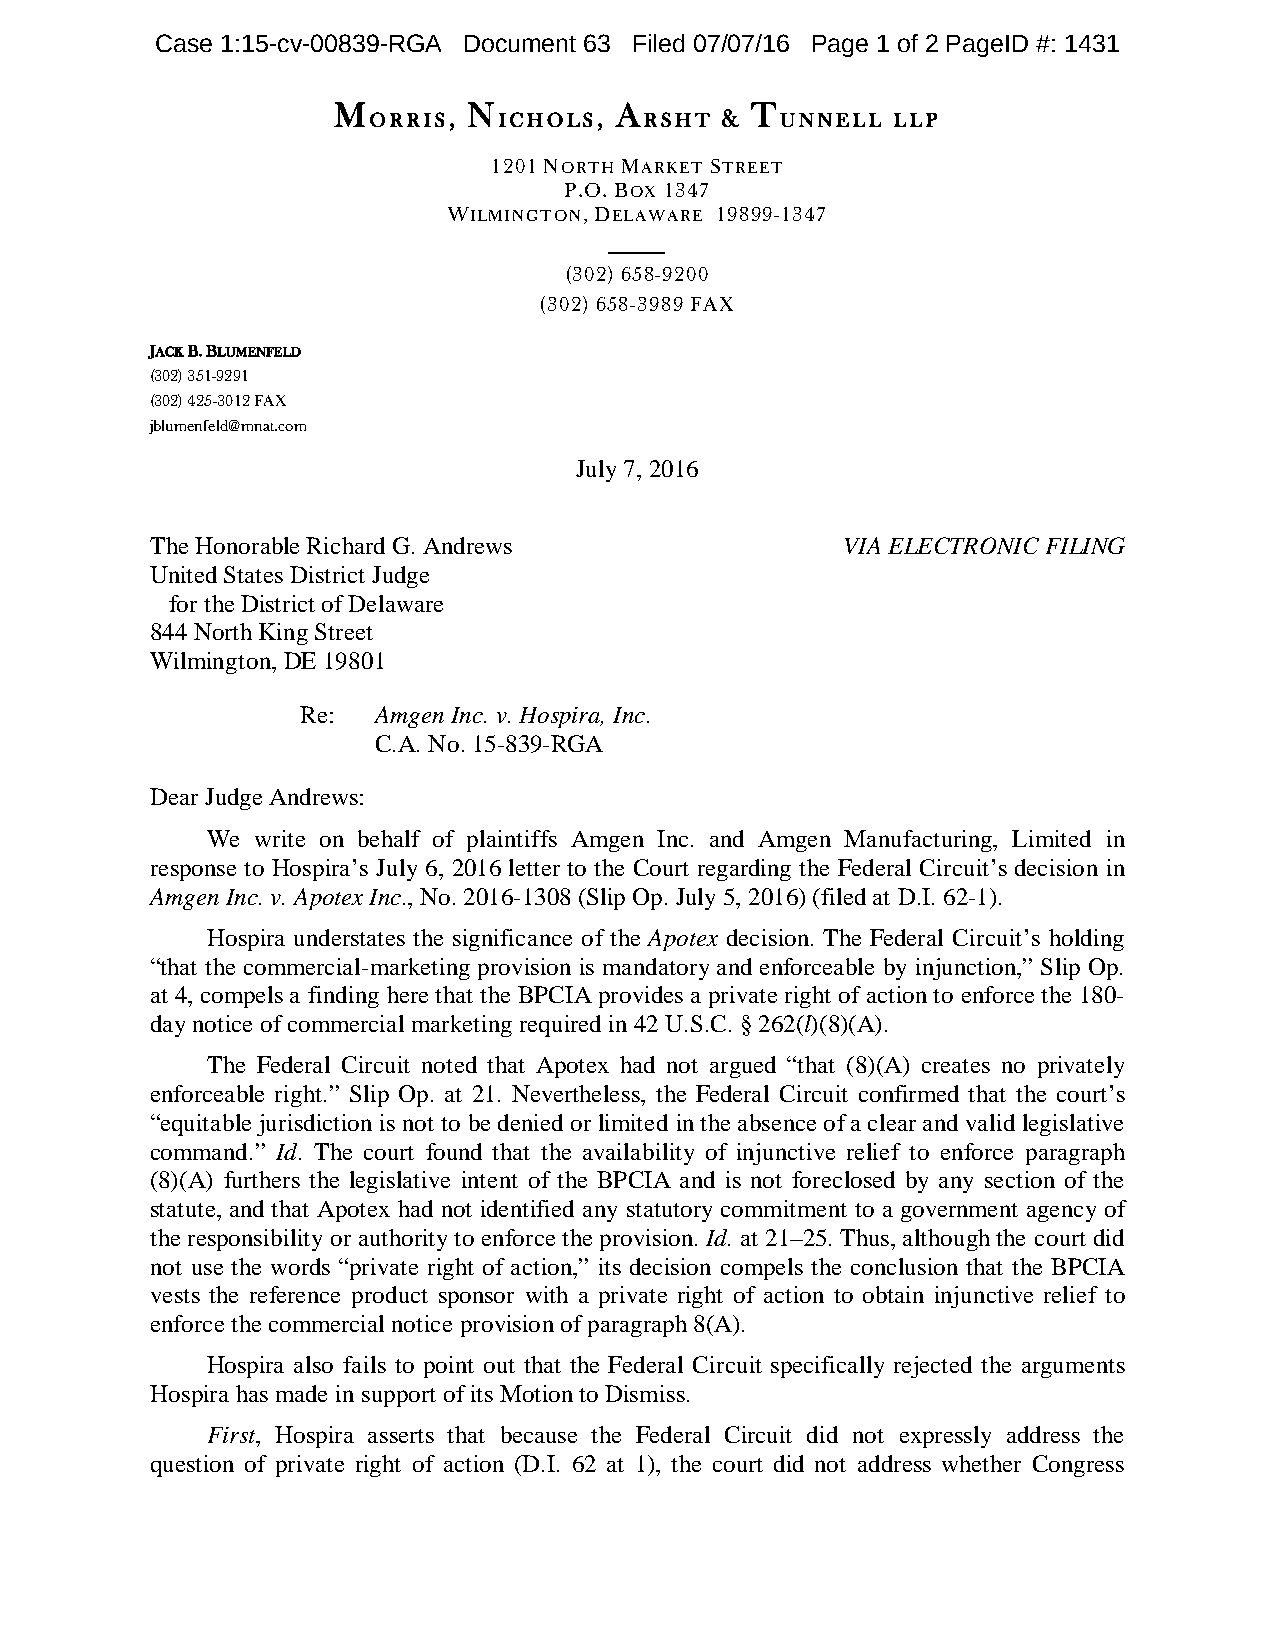
Case 1:15-cv-00839-RGA Document 63 Filed 07/07/16 Page 1 of 2 PageID #: 1431
 M        N         A        T
 ORRIS,   ICHOLS,   RSHT &   UNNELL LLP
 1201 NORTH MARKET STREET
 P.O. BOX 1347
 WILMINGTON, DELAWARE 19899-1347
 (302) 658-9200
 (302) 658-3989 FAX
 JACK B. BLUMENFELD
 (302) 351-9291
 (302) 425-3012 FAX
 jblumenfeld@mnat.com
 July 7, 2016
 The Honorable Richard G. Andrews              VIA ELECTRONIC FILING
 United States District Judge
 for the District of Delaware
 844 North King Street
 Wilmington, DE 19801
 Re:  Amgen Inc. v. Hospira, Inc.
 C.A. No. 15-839-RGA
 Dear Judge Andrews:
 We write on behalf of plaintiffs Amgen Inc. and Amgen Manufacturing, Limited in
 response to Hospira’s July 6, 2016 letter to the Court regarding the Federal Circuit’s decision in
 Amgen Inc. v. Apotex Inc., No. 2016-1308 (Slip Op. July 5, 2016) (filed at D.I. 62-1).
 Hospira understates the significance of the Apotex decision. The Federal Circuit’s holding
 “that the commercial-marketing provision is mandatory and enforceable by injunction,” Slip Op.
 at 4, compels a finding here that the BPCIA provides a private right of action to enforce the 180-
 day notice of commercial marketing required in 42 U.S.C. § 262(l)(8)(A).
 The Federal Circuit noted that Apotex had not argued “that (8)(A) creates no privately
 enforceable right.” Slip Op. at 21. Nevertheless, the Federal Circuit confirmed that the court’s
 “equitable jurisdiction is not to be denied or limited in the absence of a clear and valid legislative
 command.” Id. The court found that the availability of injunctive relief to enforce paragraph
 (8)(A) furthers the legislative intent of the BPCIA and is not foreclosed by any section of the
 statute, and that Apotex had not identified any statutory commitment to a government agency of
 the responsibility or authority to enforce the provision. Id. at 21–25. Thus, although the court did
 not use the words “private right of action,” its decision compels the conclusion that the BPCIA
 vests the reference product sponsor with a private right of action to obtain injunctive relief to
 enforce the commercial notice provision of paragraph 8(A).
 Hospira also fails to point out that the Federal Circuit specifically rejected the arguments
 Hospira has made in support of its Motion to Dismiss.
 First, Hospira asserts that because the Federal Circuit did not expressly address the
 question of private right of action (D.I. 62 at 1), the court did not address whether Congress